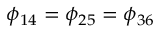
\phi _ { 1 4 } = \phi _ { 2 5 } = \phi _ { 3 6 }